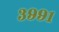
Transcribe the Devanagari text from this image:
३९९१